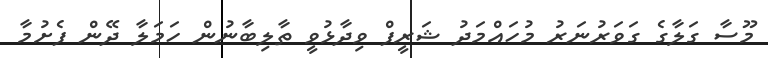
މޫސާ ގަލާގެ ގަވަރުނަރު މުހައްމަދު ޝަރީފް ވިދާޅުވީ ތާލިބާނުން ހަމަލާ ދޭން ފެށުމާ